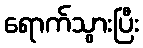
ရောက်သွားပြီး